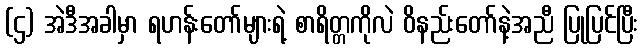
(ဌ) အဲဒီအခါမှာ ရဟန်းတော်များရဲ့ စာရိတ္တကိုလဲ ဝိနည်းတော်နဲ့အညီ ပြုပြင်ပြီး